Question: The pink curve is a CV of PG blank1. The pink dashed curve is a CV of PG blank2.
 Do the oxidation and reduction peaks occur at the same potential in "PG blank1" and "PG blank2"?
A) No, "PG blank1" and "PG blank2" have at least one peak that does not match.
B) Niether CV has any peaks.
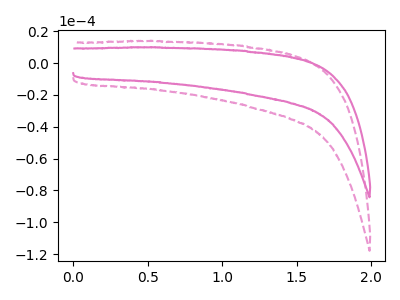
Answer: <think>The pink curve "PG blank1" has no peaks. The pink dashed curve "PG blank2" has no peaks.</think>
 <answer>B) Niether CV has any peaks.</answer>
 <eval>B</eval>